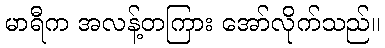
မာရီက အလန့်တကြား အော်လိုက်သည်။